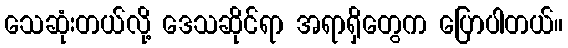
သေဆုံးတယ်လို့ ဒေသဆိုင်ရာ အရာရှိတွေက ပြောပါတယ်။